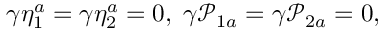
\gamma \eta _ { 1 } ^ { a } = \gamma \eta _ { 2 } ^ { a } = 0 , \; \gamma \mathcal { P } _ { 1 a } = \gamma \mathcal { P } _ { 2 a } = 0 ,